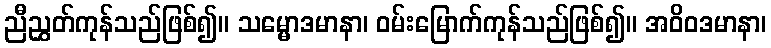
ညီညွှတ်ကုန်သည်ဖြစ်၍။ သမ္မောဒမာနာ၊ ဝမ်းမြောက်ကုန်သည်ဖြစ်၍။ အဝိဝဒမာနာ၊